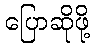
ပြောဆိုဖို့